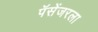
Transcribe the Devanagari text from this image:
पॅसेंजरला